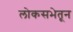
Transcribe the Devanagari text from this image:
लोकसभेतून